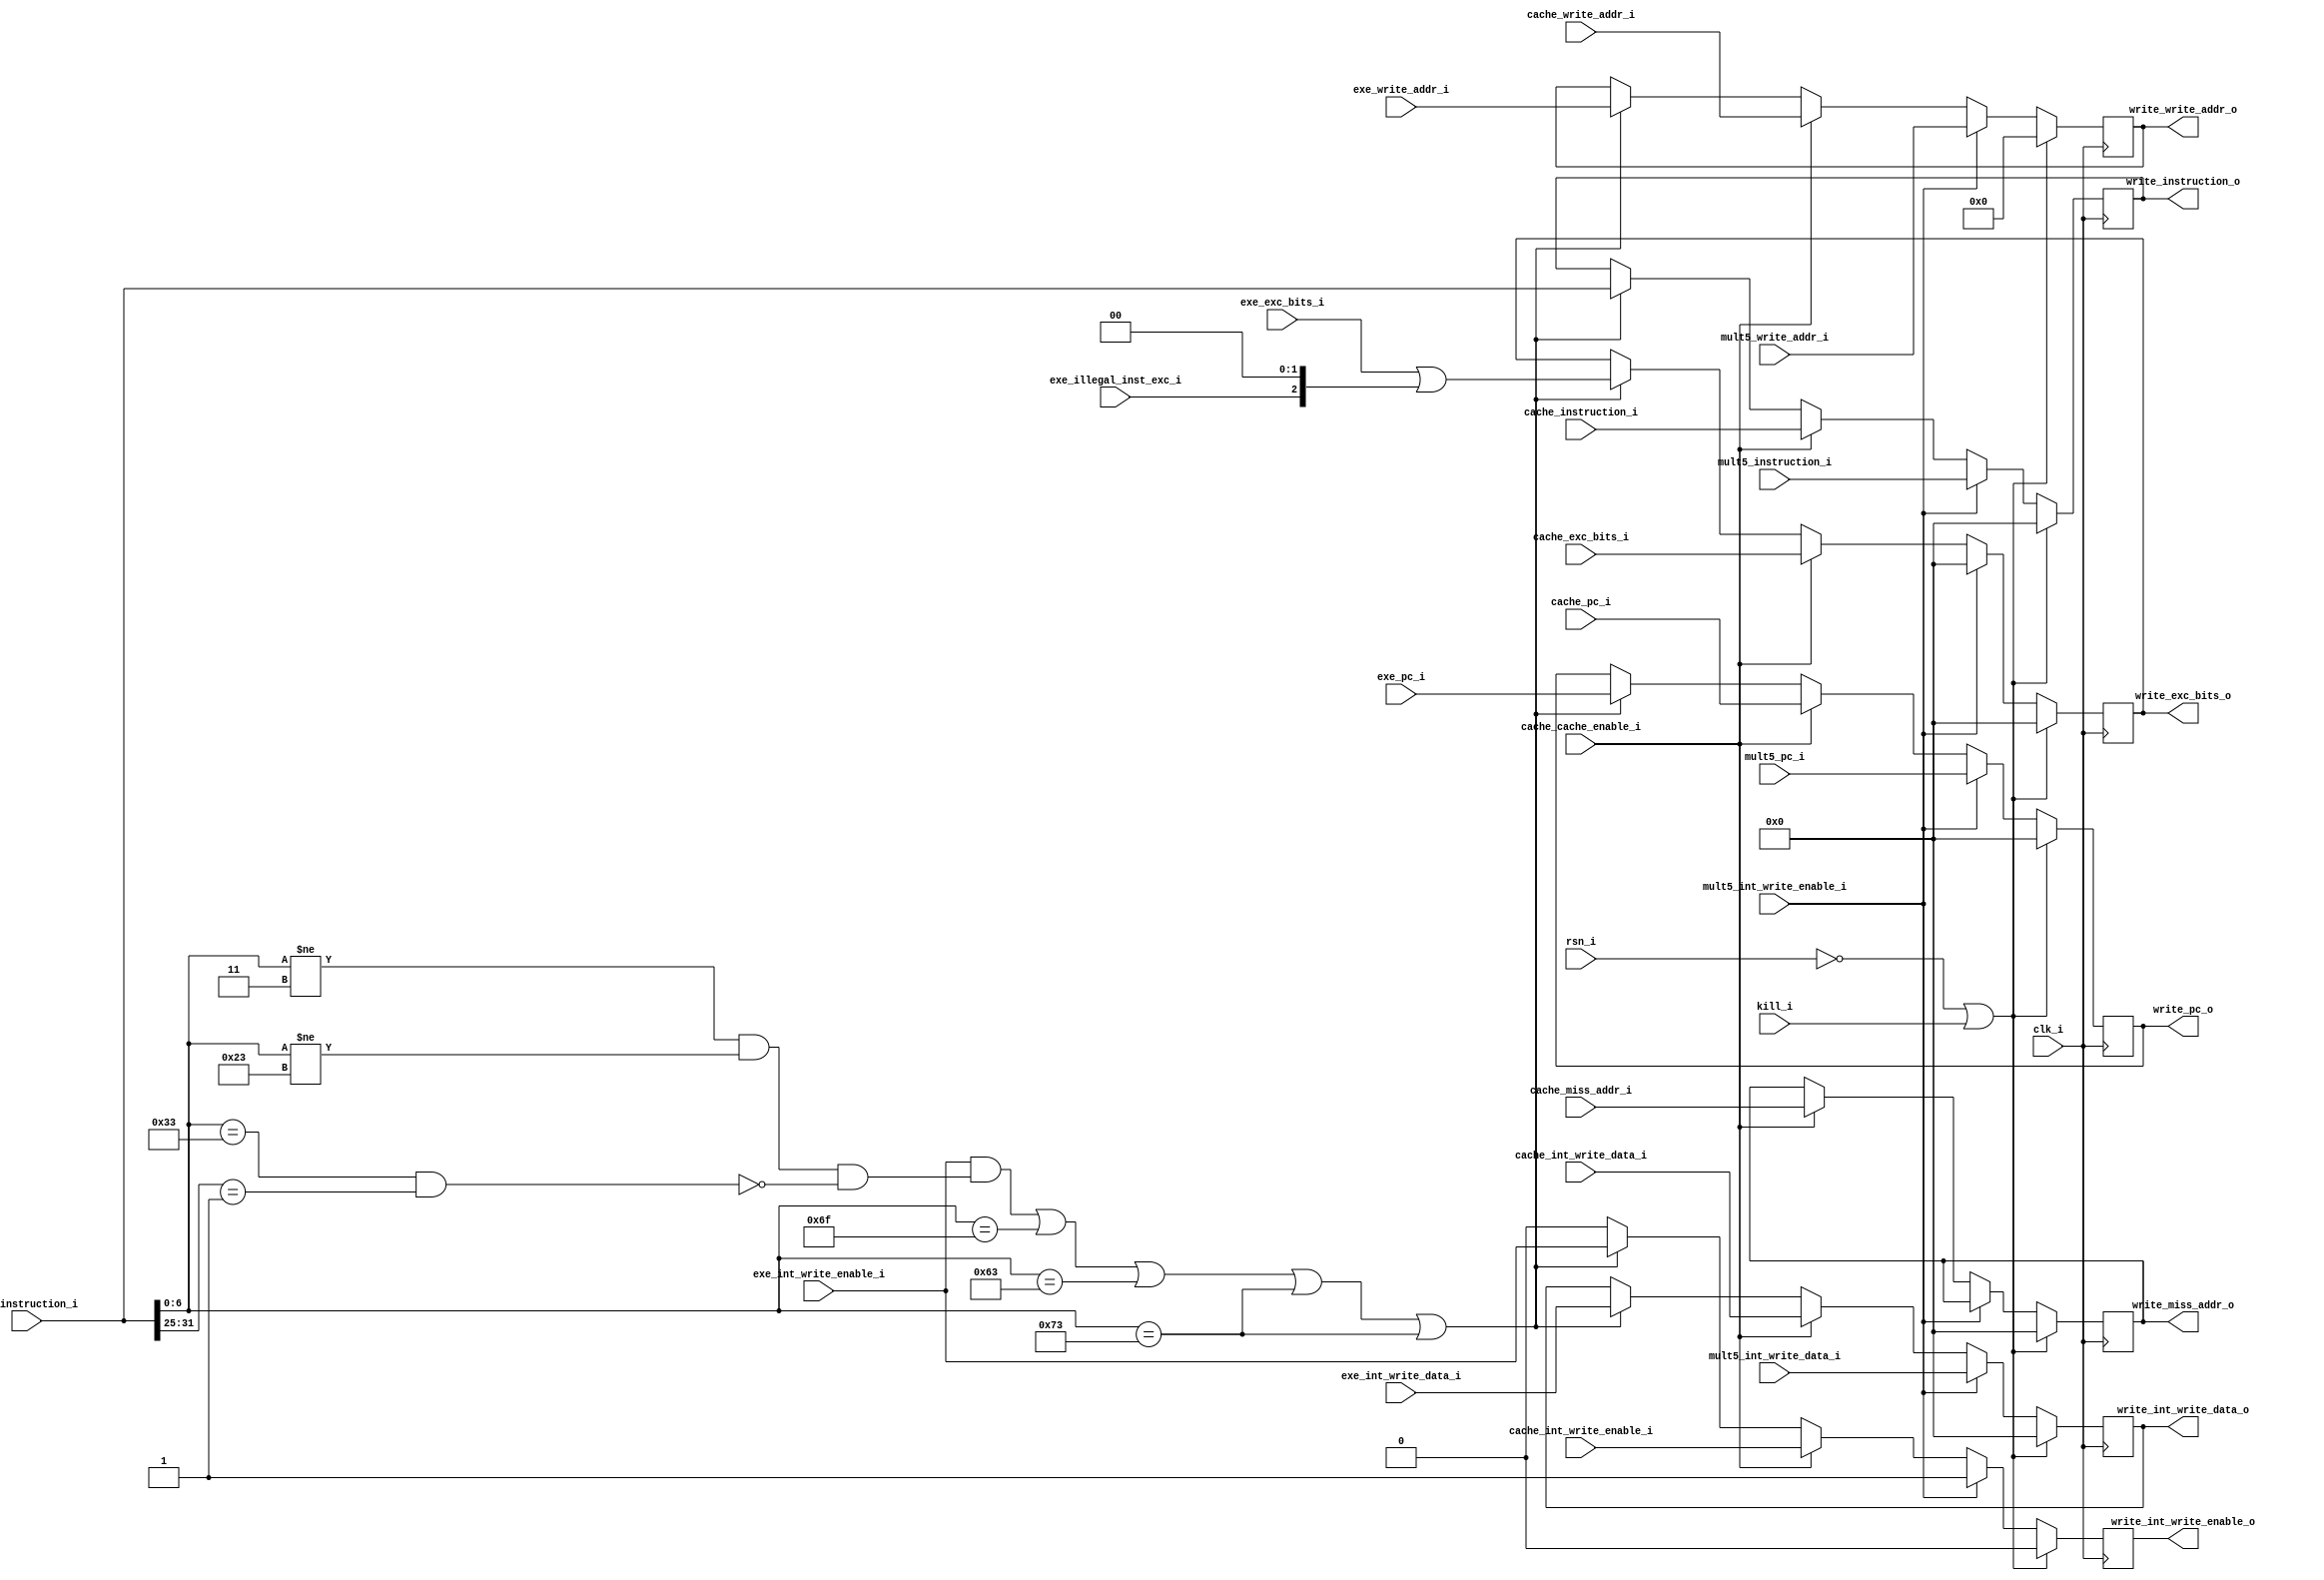
// Latch between execution and write back

module exe_write_latch(
input		clk_i,
input		rsn_i,
input		kill_i,
input	[31:0]	exe_int_write_data_i,
input	[4:0]	exe_write_addr_i,
input		exe_int_write_enable_i,
input		exe_illegal_inst_exc_i,
input	[31:0]	exe_exc_bits_i,
input	[31:0]	exe_instruction_i,
input	[31:0]	exe_pc_i,
input	[31:0]	mult5_int_write_data_i,
input	[4:0]	mult5_write_addr_i,
input		mult5_int_write_enable_i,
input	[31:0]	mult5_instruction_i,
input	[31:0]	mult5_pc_i,
input	[31:0]	cache_int_write_data_i,
input	[4:0]	cache_write_addr_i,
input		cache_int_write_enable_i,
input		cache_cache_enable_i,
input	[31:0]	cache_exc_bits_i,
input	[31:0]	cache_miss_addr_i,
input	[31:0]	cache_instruction_i,
input	[31:0]	cache_pc_i,
output	[31:0]	write_int_write_data_o,
output	[4:0]	write_write_addr_o,
output		write_int_write_enable_o,
output	[31:0]	write_exc_bits_o,
output	[31:0]	write_miss_addr_o,
output	[31:0]	write_instruction_o,
output 	[31:0]	write_pc_o
);

reg	[31:0]	write_int_write_data;
reg	[4:0]	write_write_addr;
reg		write_int_write_enable;
reg	[31:0]	write_exc_bits;
reg	[31:0]	write_miss_addr;
reg	[31:0]	write_instruction;
reg 	[31:0]	write_pc;
	
assign write_int_write_data_o = write_int_write_data;
assign write_write_addr_o = write_write_addr;
assign write_int_write_enable_o = write_int_write_enable;
assign write_exc_bits_o = write_exc_bits;
assign write_miss_addr_o = write_miss_addr;
assign write_instruction_o = write_instruction;
assign write_pc_o = write_pc;
	
// Latch 
always @(posedge clk_i)
begin
	if (!rsn_i || kill_i) begin
		write_int_write_data = 32'b0;
		write_write_addr = 5'b0;
		write_int_write_enable = 1'b0;
		write_exc_bits = 32'b0;
		write_miss_addr = 32'b0;
		write_instruction = 32'b0;
		write_pc = 32'b0;
	end
	else begin
		if (mult5_int_write_enable_i) begin
			write_int_write_data = mult5_int_write_data_i;
			write_write_addr = mult5_write_addr_i;
			write_int_write_enable = mult5_int_write_enable_i;
			write_exc_bits = 32'b0;
			write_instruction = mult5_instruction_i;
			write_pc = mult5_pc_i;			
		end
		else if (cache_cache_enable_i) begin
			write_int_write_data = cache_int_write_data_i;
			write_write_addr = cache_write_addr_i;
			write_int_write_enable = cache_int_write_enable_i;
			write_exc_bits = cache_exc_bits_i;
			write_miss_addr = cache_miss_addr_i;
			write_instruction = cache_instruction_i;
			write_pc = cache_pc_i;			
		end
		else if ((exe_int_write_enable_i && (exe_instruction_i[6:0] != 7'b0000011 && exe_instruction_i[6:0] != 7'b0100011 && !(exe_instruction_i[6:0] == 7'b0110011 && exe_instruction_i[31:25] == 7'b0000001))) || exe_instruction_i[6:0] == 7'b1101111 || exe_instruction_i[6:0] == 7'b1100011 || exe_instruction_i[6:0] == 7'b1110011 || exe_instruction_i[6:0] == 7'b1110011) begin
			write_int_write_data = exe_int_write_data_i;
			write_write_addr = exe_write_addr_i;
			write_int_write_enable = exe_int_write_enable_i;
			write_exc_bits = exe_exc_bits_i | {29'b0, exe_illegal_inst_exc_i, 2'b0};
			write_instruction = exe_instruction_i;
			write_pc = exe_pc_i;
		end
		else write_int_write_enable = 1'b0;
	end
end
endmodule